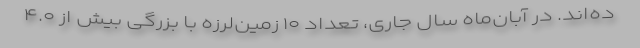
ده‌اند. در آبان‌ماه سال جاری، تعداد ۱۰ زمین‌لرزه با بزرگی بیش از ۴.۰